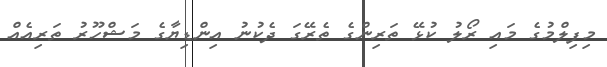
މިފިލްމުގެ މައި ރޯލު ކުޅޭ ތަރިންގެ ތެރޭގަ ދެކުނު އިންޑިޔާގެ މަޝްހޫރު ތަރިއެއް